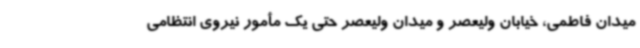
میدان فاطمی، خیابان ولیعصر و میدان ولیعصر حتی یک مأمور نیروی انتظامی